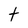
Character: t